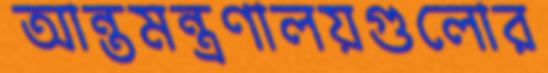
আন্তমন্ত্রণালয়গুলোর